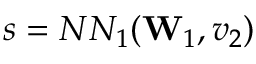
s = N N _ { 1 } ( \mathbf { W } _ { 1 } , v _ { 2 } )